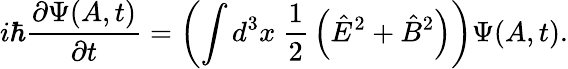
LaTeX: i\hbar{\frac{\partial\Psi(A,t)}{\partial t}}=\left(\int d^{3}x\ {\frac{1}{2}}\left({\hat{E}}^{2}+{\hat{B}}^{2}\right)\right)\Psi(A,t).